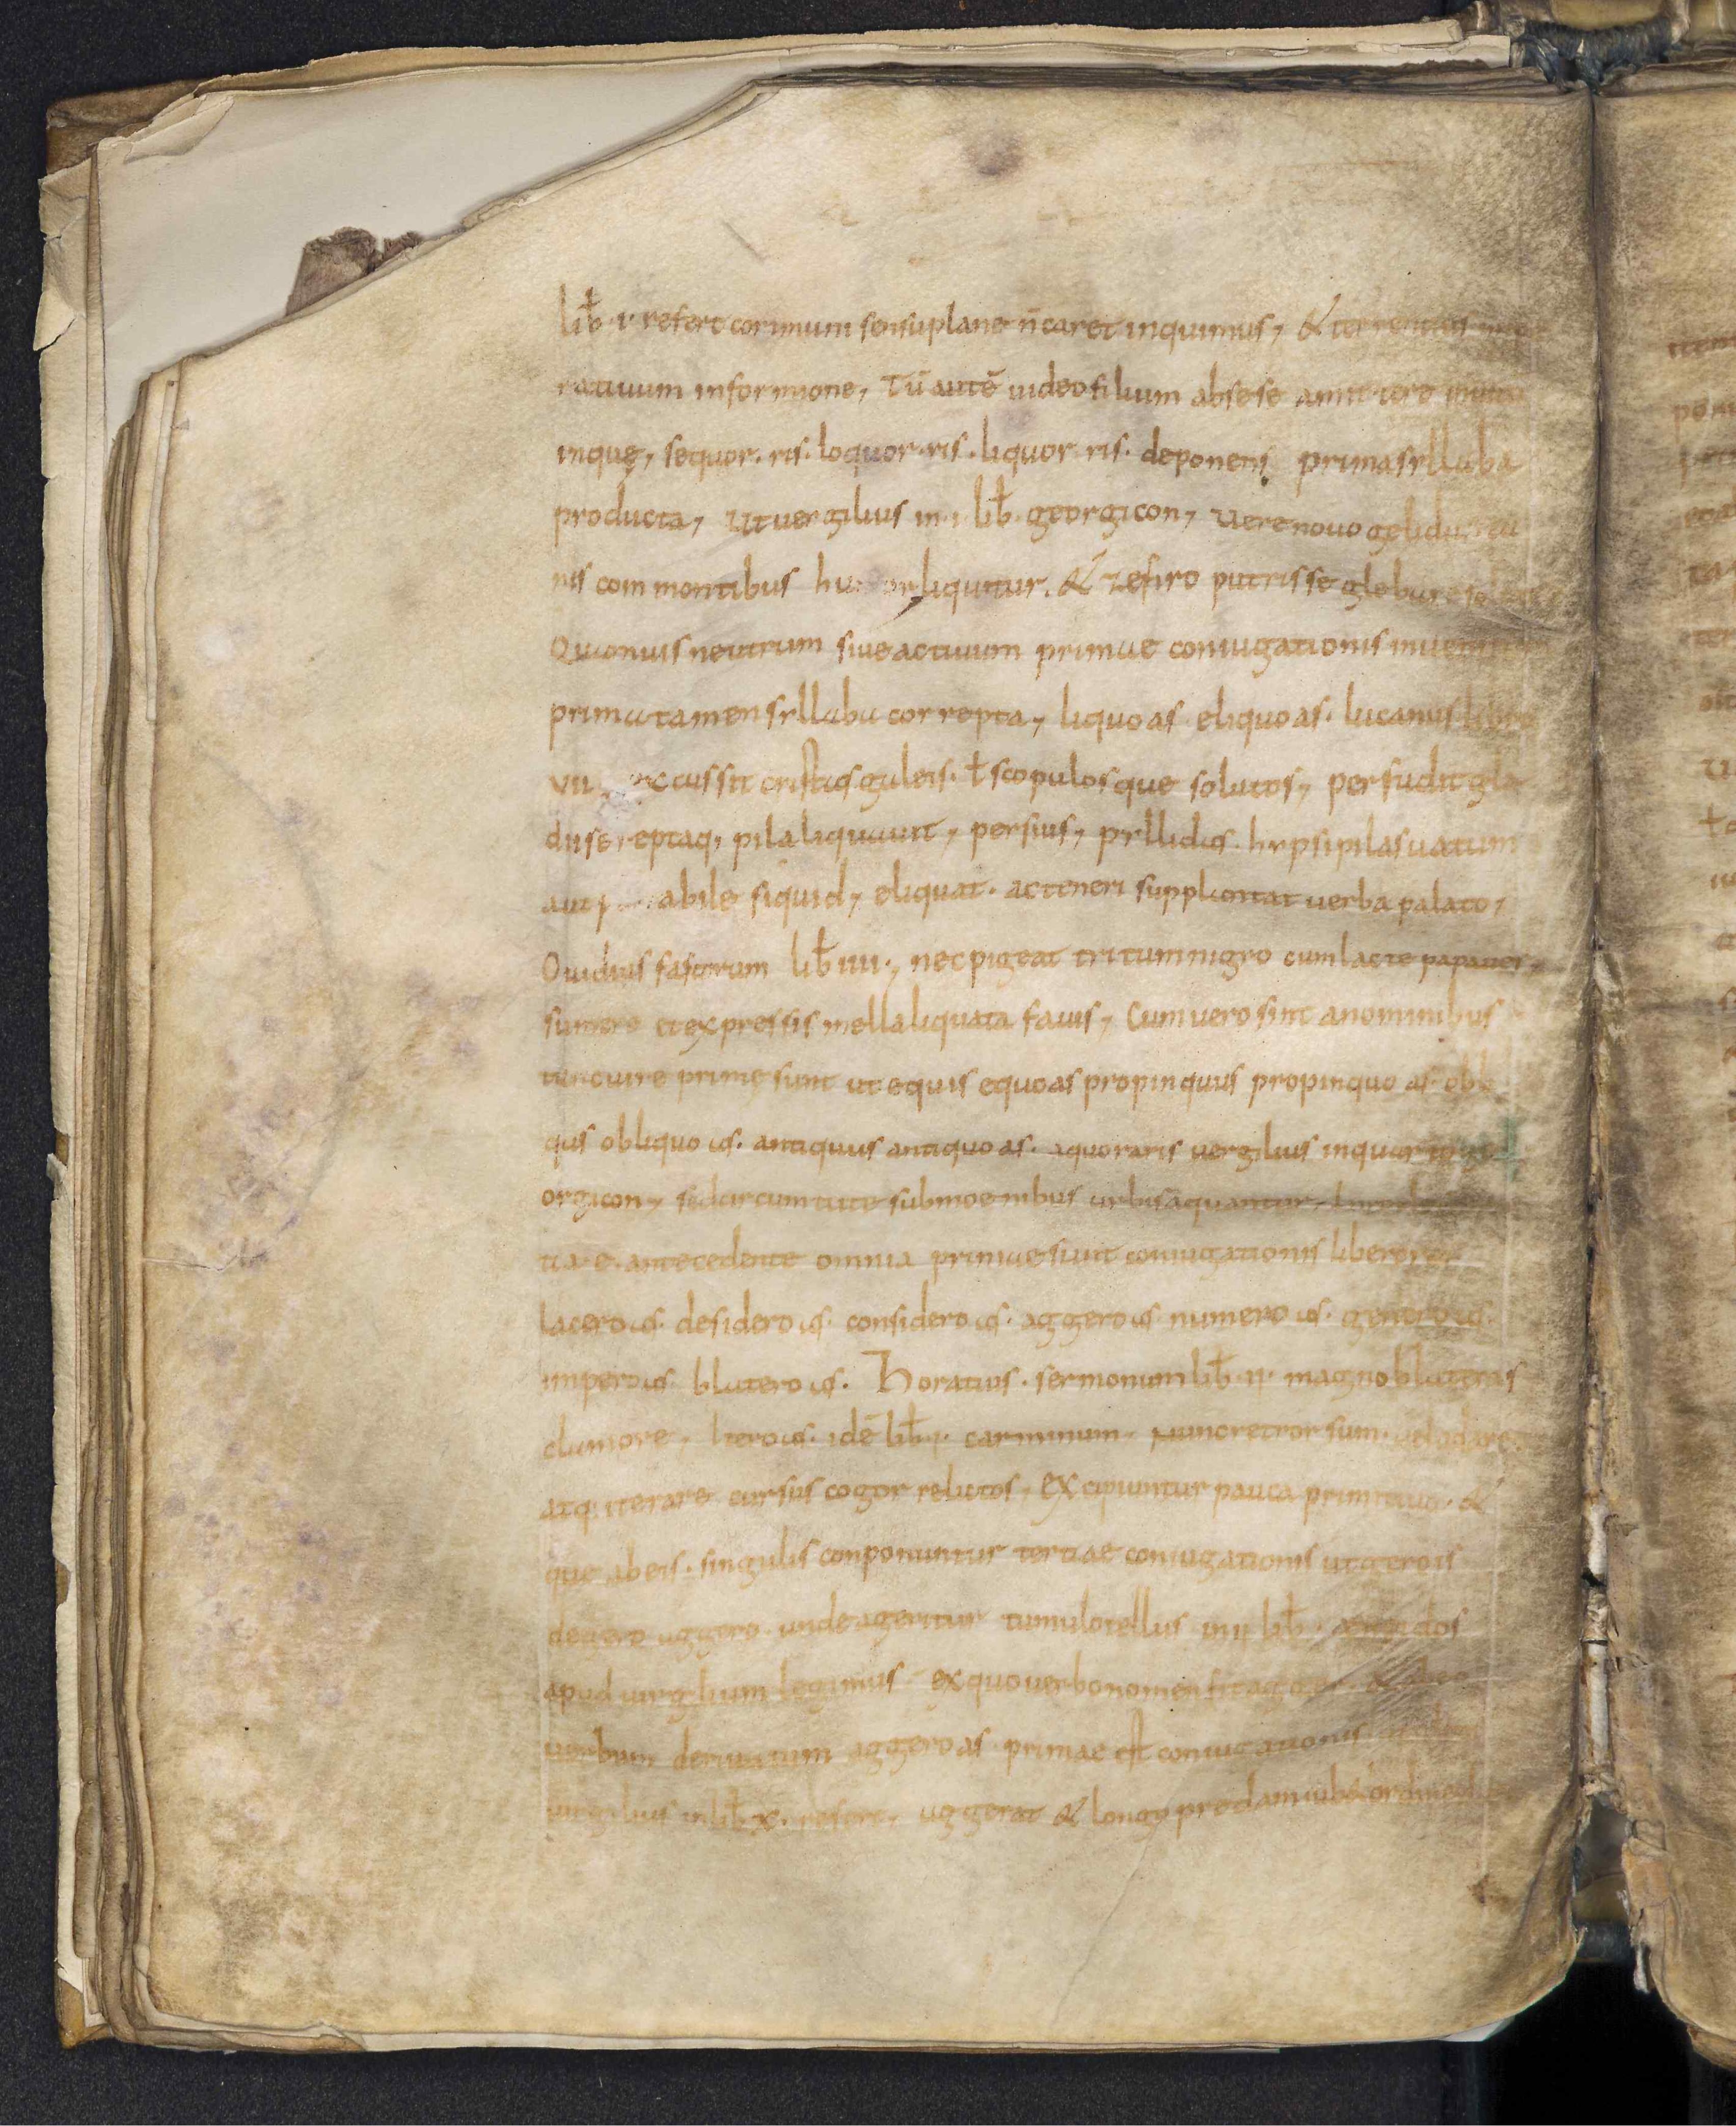
Shelfmark: Leiden, Bibliotheek der Rijksuniversiteit, Voss. Lat. O 41
Century: 9